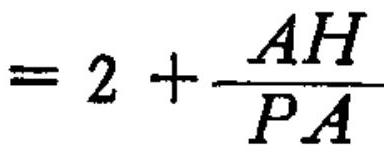
\(=2+\frac{AH}{PA}\)